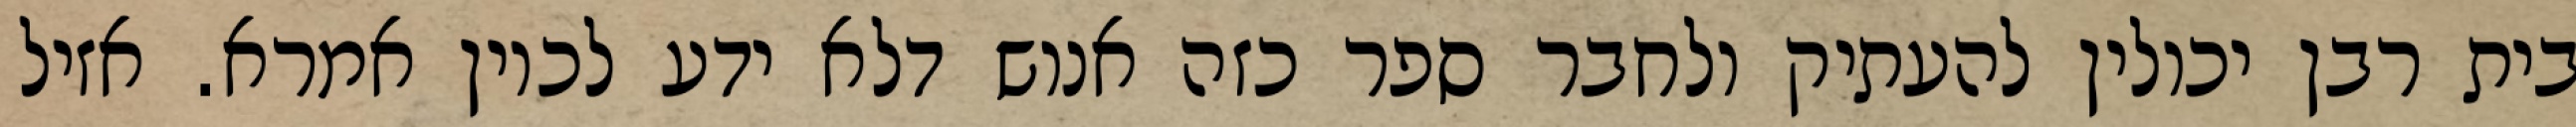
בית רבן יכולין להעתיק ולחבר ספר כזה אנוש דלא ידע לכוין אמרא. אזיל